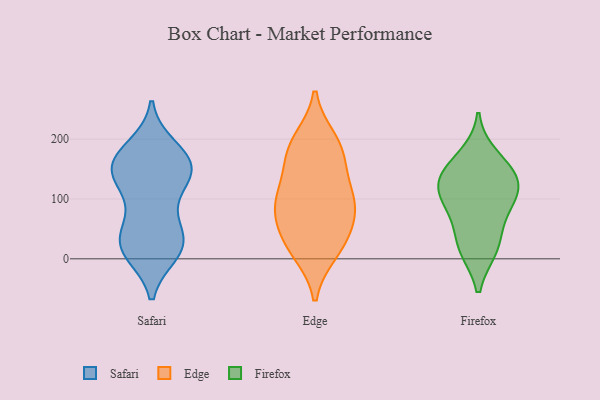
{"axis": {"x": "Backlog", "y": "Value"}, "legend": ["Edge", "Firefox", "Safari"], "data": [{"x": "", "y": 147, "type": "Safari"}, {"x": "", "y": 167, "type": "Safari"}, {"x": "", "y": 21, "type": "Safari"}, {"x": "", "y": 11, "type": "Safari"}, {"x": "", "y": 41, "type": "Safari"}, {"x": "", "y": 96, "type": "Safari"}, {"x": "", "y": 21, "type": "Safari"}, {"x": "", "y": 132, "type": "Safari"}, {"x": "", "y": 185, "type": "Safari"}, {"x": "", "y": 146, "type": "Safari"}, {"x": "", "y": 28, "type": "Safari"}, {"x": "", "y": 54, "type": "Safari"}, {"x": "", "y": 162, "type": "Safari"}, {"x": "", "y": 129, "type": "Safari"}, {"x": "", "y": 169, "type": "Safari"}, {"x": "", "y": 14, "type": "Safari"}, {"x": "", "y": 155, "type": "Safari"}, {"x": "", "y": 101, "type": "Edge"}, {"x": "", "y": 59, "type": "Edge"}, {"x": "", "y": 90, "type": "Edge"}, {"x": "", "y": 13, "type": "Edge"}, {"x": "", "y": 35, "type": "Edge"}, {"x": "", "y": 180, "type": "Edge"}, {"x": "", "y": 183, "type": "Edge"}, {"x": "", "y": 21, "type": "Edge"}, {"x": "", "y": 96, "type": "Edge"}, {"x": "", "y": 197, "type": "Edge"}, {"x": "", "y": 151, "type": "Edge"}, {"x": "", "y": 97, "type": "Edge"}, {"x": "", "y": 16, "type": "Firefox"}, {"x": "", "y": 172, "type": "Firefox"}, {"x": "", "y": 111, "type": "Firefox"}, {"x": "", "y": 141, "type": "Firefox"}, {"x": "", "y": 94, "type": "Firefox"}, {"x": "", "y": 54, "type": "Firefox"}, {"x": "", "y": 134, "type": "Firefox"}, {"x": "", "y": 97, "type": "Firefox"}, {"x": "", "y": 16, "type": "Firefox"}, {"x": "", "y": 139, "type": "Firefox"}]}